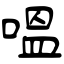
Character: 嗢